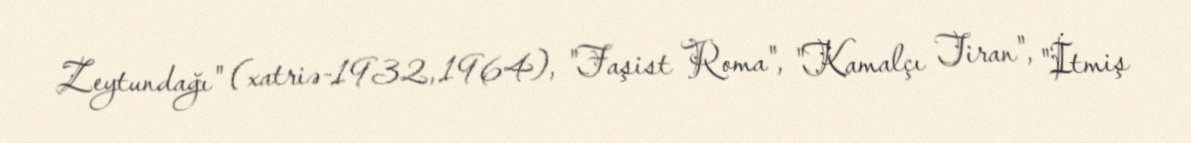
Zeytundağı" (xatriə-1932, 1964), "Faşist Roma", "Kamalçı Tiran", "İtmiş